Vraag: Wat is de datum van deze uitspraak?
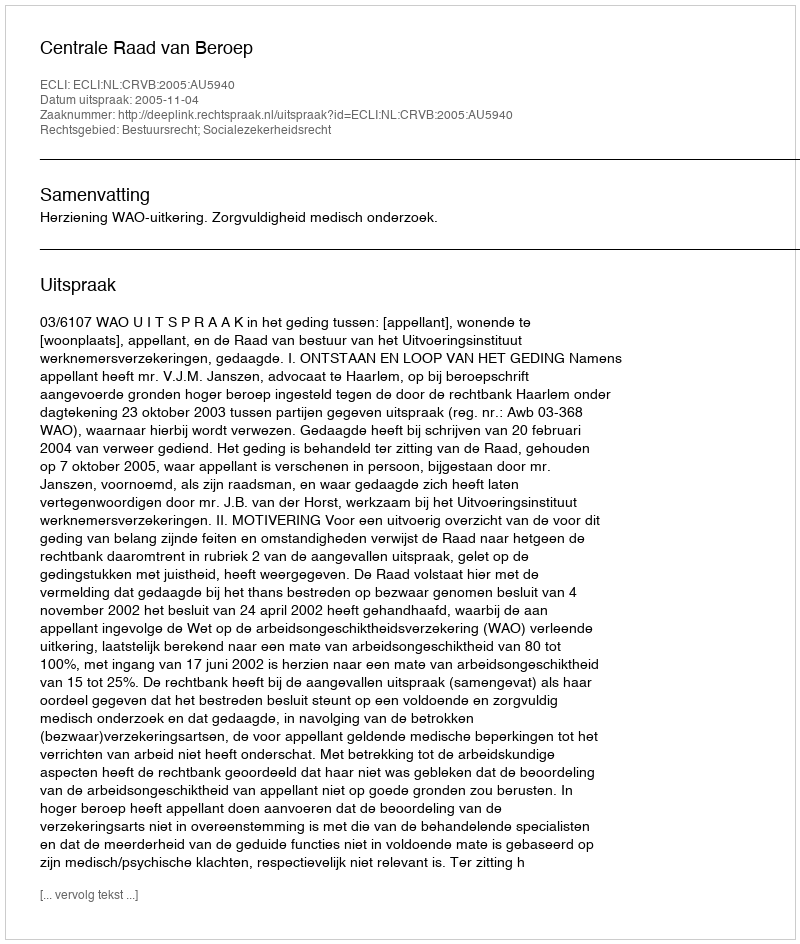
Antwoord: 2005-11-04